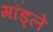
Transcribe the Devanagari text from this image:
गॉड्ले